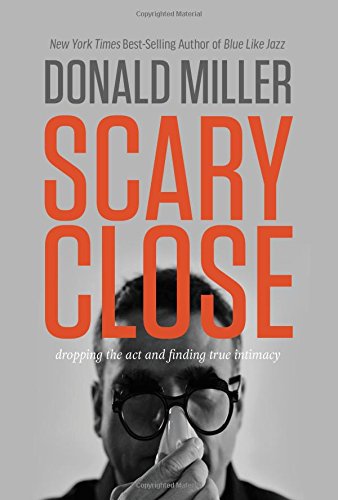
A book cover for Scary Close: Dropping the Act and Finding True Intimacy; Donald Miller; Christian Books & Bibles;